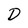
Character: D